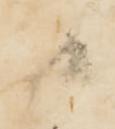
候